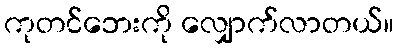
ကုတင်ဘေးကို လျှောက်လာတယ်။